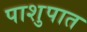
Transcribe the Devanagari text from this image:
पाशुपात